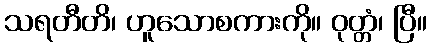
သရတီတိ၊ ဟူသောစကားကို။ ဝုတ္တံ၊ ပြီ။